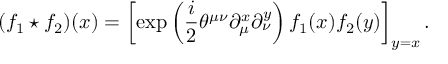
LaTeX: ( f _ { 1 } \star f _ { 2 } ) ( x ) = \left[ \exp \left( \frac { i } { 2 } \theta ^ { \mu \nu } \partial _ { \mu } ^ { x } \partial _ { \nu } ^ { y } \right) f _ { 1 } ( x ) f _ { 2 } ( y ) \right] _ { y = x } .